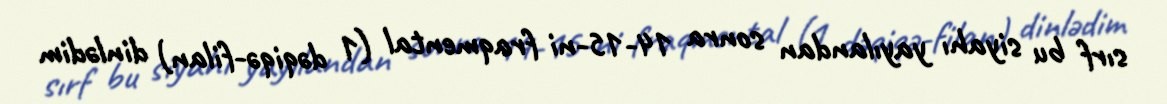
sırf bu siyahı yayılandan sonra 14-15-ni fraqmental (1 dəqiqə-filan) dinlədim